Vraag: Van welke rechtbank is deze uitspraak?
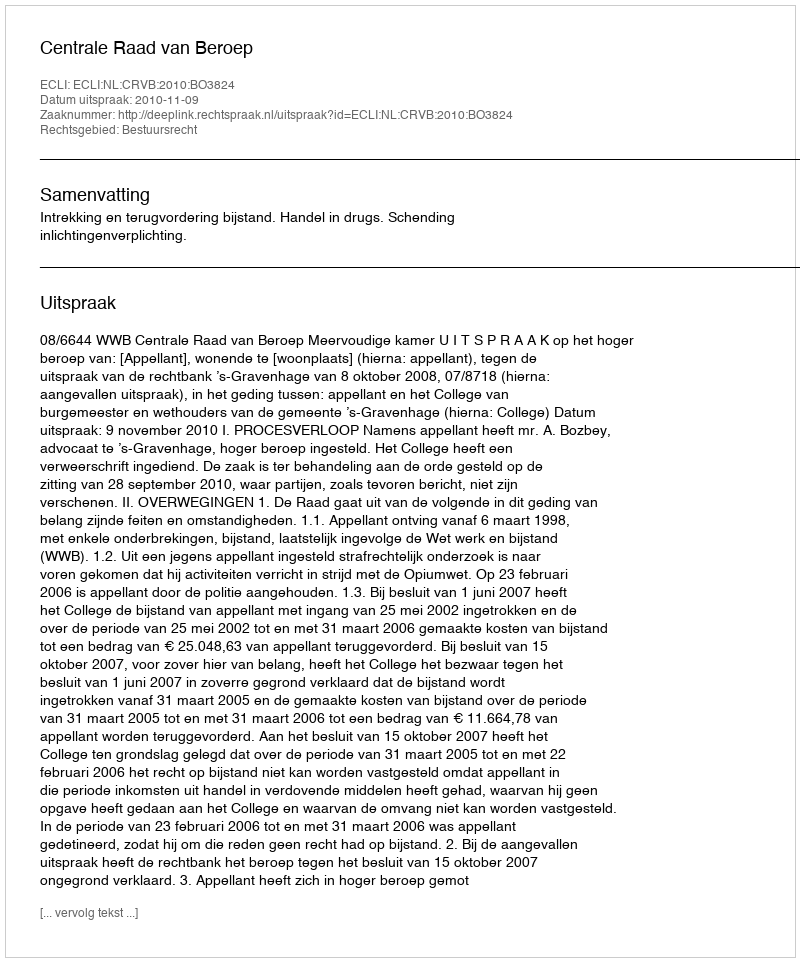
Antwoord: Centrale Raad van Beroep